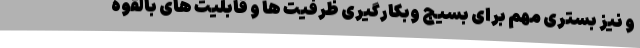
و نیز بستری مهم برای بسیج وبکارگیری ظرفیت ها و قابلیت های بالقوّه